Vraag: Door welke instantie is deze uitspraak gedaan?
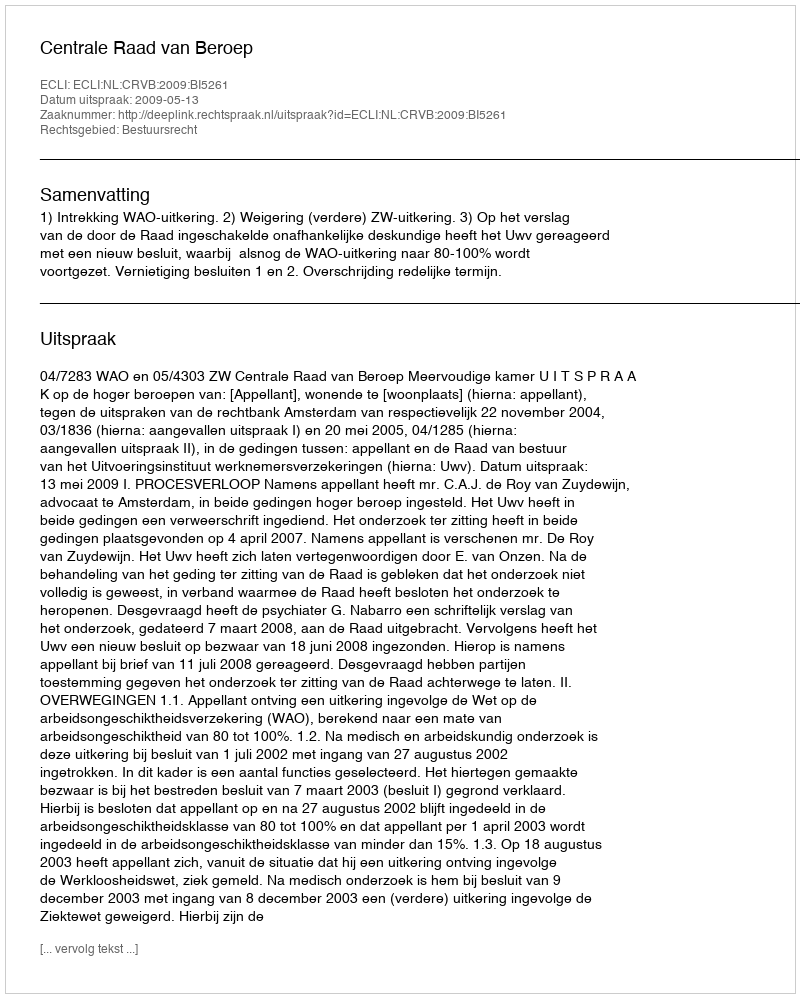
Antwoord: Centrale Raad van Beroep